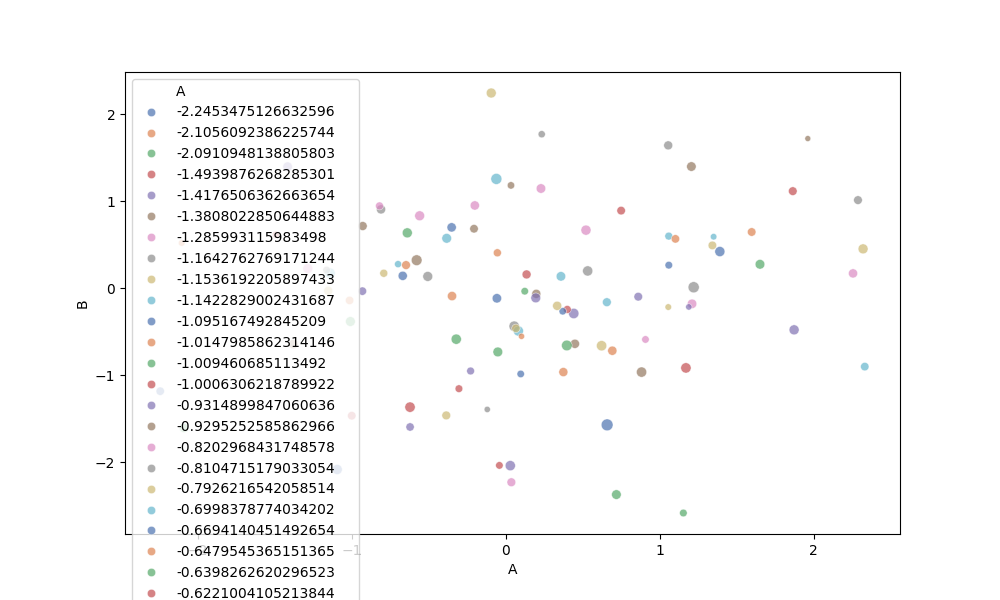
python, seaborn, scatterplot, hue='A', style='None', size='C', palette='deep', alpha=0.7